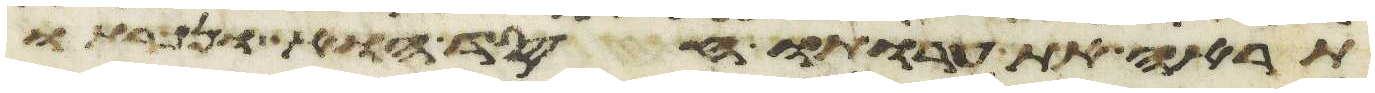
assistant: תראה את ערותו חסד הוא ונכרתו